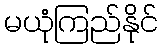
မယုံကြည်နိုင်